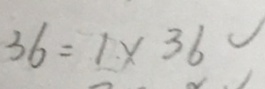
3 6 = 1 \times 3 6